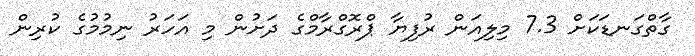
ގާތްގަނޑަކަށް 7.3 މިލިއަން ރުފިޔާ ޕްރޮގްރާމްގެ ދަށުން މި އަހަރު ނިމުމުގެ ކުރިން